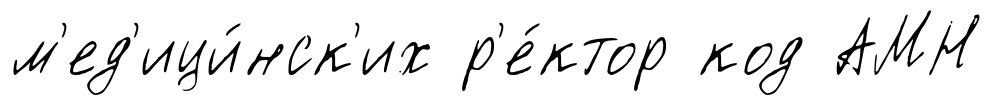
м'ед'ици́нск'их р'е́ктор код АМН